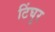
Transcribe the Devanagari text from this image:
टिंघुर